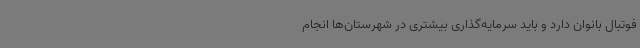
فوتبال بانوان دارد و باید سرمایه‌گذاری بیشتری در شهرستان‌ها انجام